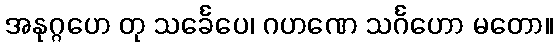
အနုဂ္ဂဟေ တု သင်္ခေပေ၊ ဂဟဏေ သင်္ဂဟော မတော။